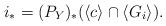
LaTeX: \begin{align*}i_\ast=(P_Y)_\ast ( \langle c\rangle \cap \langle G_i\rangle ).\end{align*}